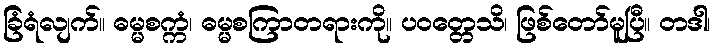
ခြံရံလျက်။ ဓမ္မစက္ကံ၊ ဓမ္မစကြာတရားကို။ ပဝတ္တေသိ၊ ဖြစ်တော်မူပြီ။ တဒါ၊